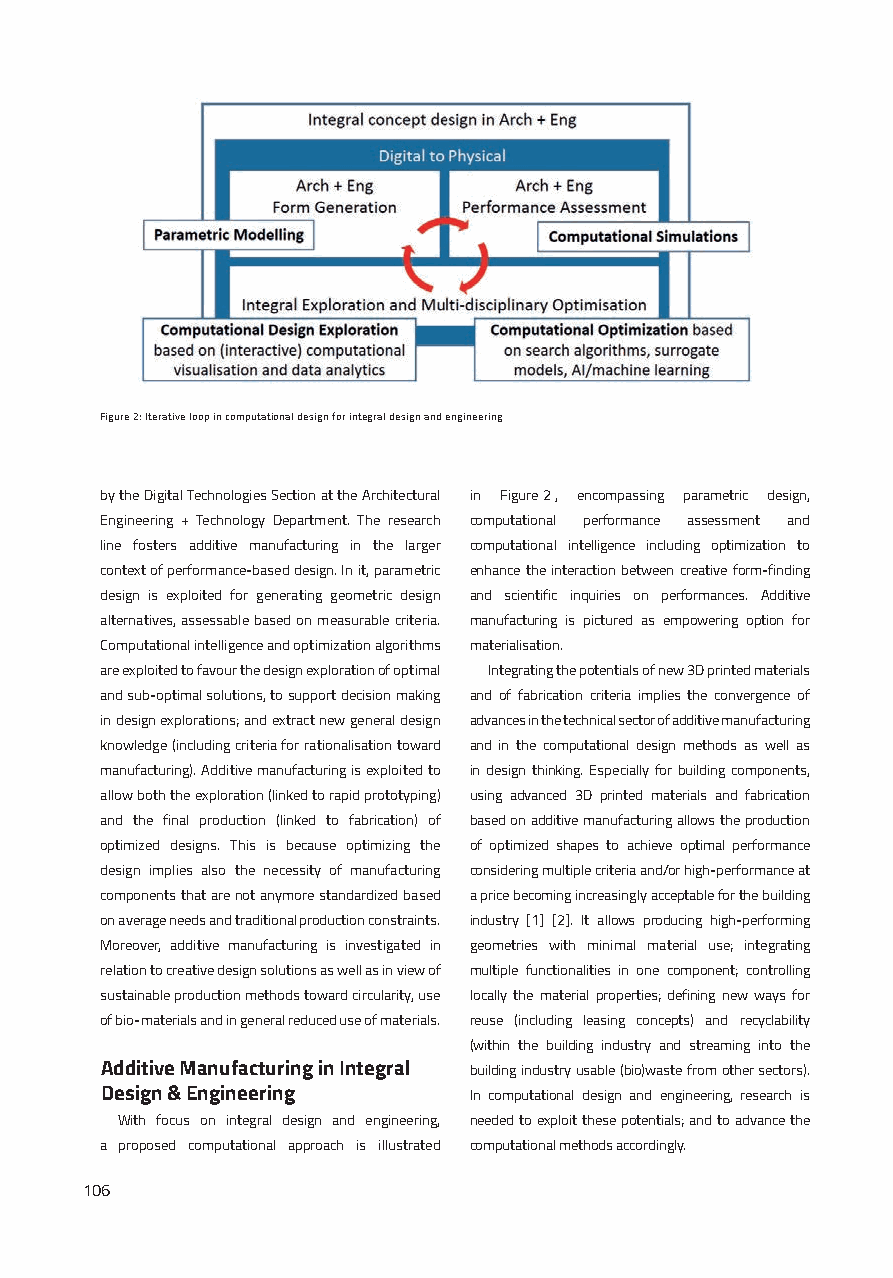
Figure 2: Iterative loop in computational design for integral design and engineering
 by the Digital Technologies Section at the Architectural in Figure2, encompassing parametric design,
 Engineering + Technology Department. The research computational performance assessment and
 line fosters additive manufacturing in the larger computational intelligence including optimization to
 context of performance-based design. In it, parametric enhance the interaction between creative form-finding
 design is exploited for generating geometric design and scientific inquiries on performances. Additive
 alternatives, assessable based on measurable criteria. manufacturing is pictured as empowering option for
 Computational intelligence and optimization algorithms materialisation.
 are exploited to favour the design exploration of optimal Integrating the potentials of new 3D printed materials
 and sub-optimal solutions, to support decision making and of fabrication criteria implies the convergence of
 in design explorations; and extract new general design advances in the technical sector of additive manufacturing
 knowledge (including criteria for rationalisation toward and in the computational design methods as well as
 manufacturing). Additive manufacturing is exploited to in design thinking. Especially for building components,
 allow both the exploration (linked to rapid prototyping) using advanced 3D printed materials and fabrication
 and the final production (linked to fabrication) of based on additive manufacturing allows the production
 optimized designs. This is because optimizing the of optimized shapes to achieve optimal performance
 design implies also the necessity of manufacturing considering multiple criteria and/or high-performance at
 components that are not anymore standardized based a price becoming increasingly acceptable for the building
 on average needs and traditional production constraints. industry [1] [2]. It allows producing high-performing
 Moreover, additive manufacturing is investigated in geometries with minimal material use; integrating
 relation to creative design solutions as well as in view of multiple functionalities in one component; controlling
 sustainable production methods toward circularity, use locally the material properties; defining new ways for
 of bio-materials and in general reduced use of materials. reuse (including leasing concepts) and recyclability
 (within the building industry and streaming into the
 Additive Manufacturing in Integral building industry usable (bio)waste from other sectors).
 Design & Engineering    In computational design and engineering, research is
 With focus on integral design and engineering, needed to exploit these potentials; and to advance the
 a proposed computational approach is illustrated computational methods accordingly.
 106